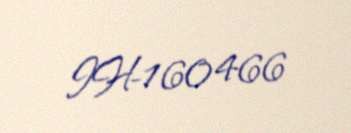
IH-160466